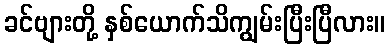
ခင်ဗျားတို့ နှစ်ယောက်သိကျွမ်းပြီးပြီလား။